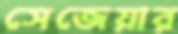
সেজেয়ার